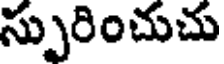
స్పురించుచు